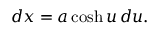
d x = a \cosh u \, d u .